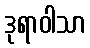
ဒုရာဝါသာ